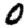
Digit: 0